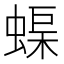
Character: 𮔟